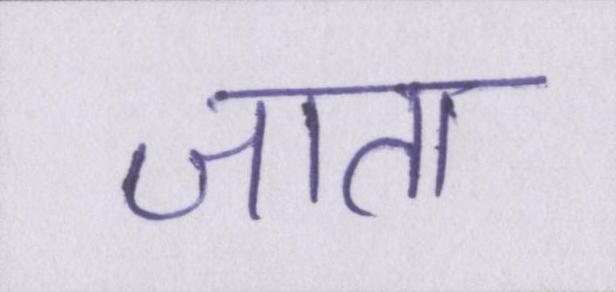
जाता